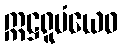
ဣဋ္ဌရူပံယေဝ